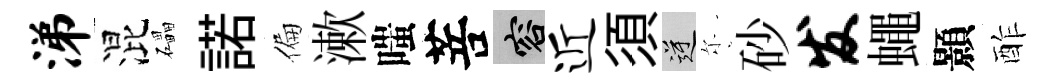
涕混礧諾偏漱嗤菩容近須逆尓砂发蠅顥酢